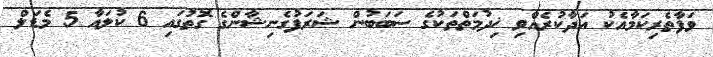
ވަފާތެރިކަމާއެކު އަދާކުރެއްވި ޚިދުމަތްތަކުގެ ސަބަބުން ޝަރަފުގެނިޝާންގެ ގޮތުގައި 6 ކުލައާ 5 މެޑަލް